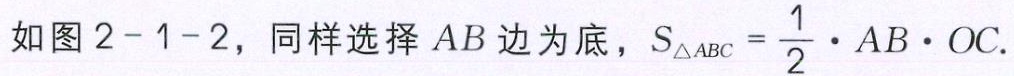
如图2-1-2，同样选择 \(AB\)边为底，\(S_{\triangle ABC}=\frac{1}{2}\cdot AB\cdot OC\).